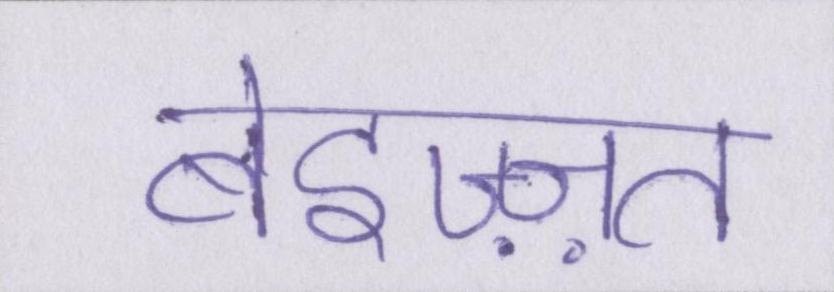
बेइज़्ज़त